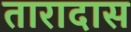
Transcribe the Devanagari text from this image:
तारादास